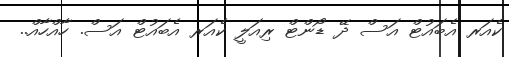
ކެއަރ އެބައުޓް އަސް ދޭ ޑޯންޓް ރިއަލީ ކެއަރ އެބައުޓް އަސް. ހާއްހާއް..